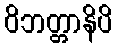
ဝိဘတ္တာနိပိ